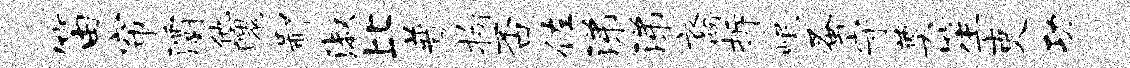
笛帘灞他魄鄙淑比普拘否佐涕涕裔拆岷蚤守奠笙吏功